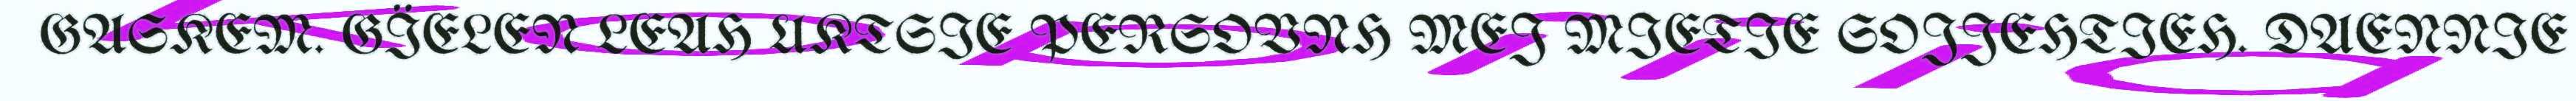
GASKEM. GÏELEN LEAH UKTSIE PERSOVNH MEJ MIETIE SOJJEHTIEH. DAENNIE